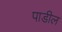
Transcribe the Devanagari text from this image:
पाडील